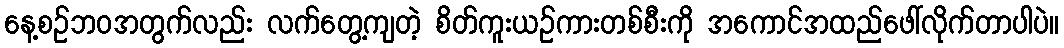
နေ့စဉ်ဘဝအတွက်လည်း လက်တွေ့ကျတဲ့ စိတ်ကူးယဉ်ကားတစ်စီးကို အကောင်အထည်ဖေါ်လိုက်တာပါပဲ။